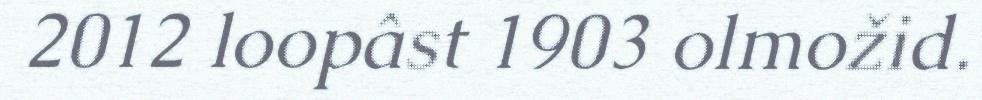
2012 loopâst 1903 olmožid.